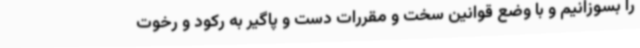
را بسوزانیم و با وضع قوانین سخت و مقررات دست و پاگیر به رکود و رخوت